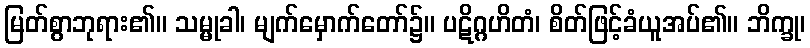
မြတ်စွာဘုရား၏။ သမ္မုခါ၊ မျက်မှောက်တော်၌။ ပဋိဂ္ဂဟိတံ၊ စိတ်ဖြင့်ခံယူအပ်၏။ ဘိက္ခု၊